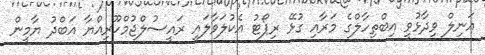
އަނިލް ވިދާޅުވީ އިބްތިހާލްގެ މަރާއި ގުޅޭ ރިޕޯޓު އެކުލަވާލައި ރައީސުލްޖުމްހޫރިއްޔާ އަބްދު ޔާމީން